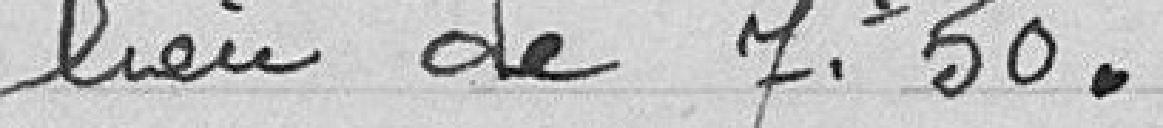
lieu de 7,50 francs.